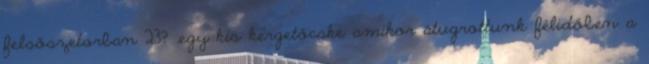
felsőszetorban 23? ,egy kis kergetőcske amikor átugrottunk félidőben a